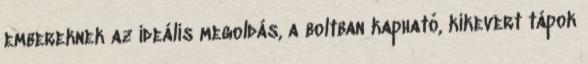
embereknek az ideális megoldás, a boltban kapható, kikevert tápok